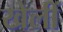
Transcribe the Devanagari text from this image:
खेलीं